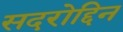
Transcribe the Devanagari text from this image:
सदरोद्दिन